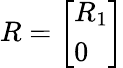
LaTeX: R={\left[\begin{array}{l}{R_{1}}\\ {0}\end{array}\right]}